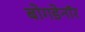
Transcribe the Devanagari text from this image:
बोगडेनॉर